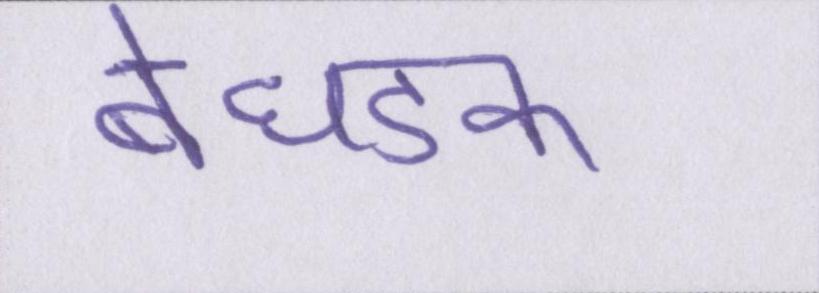
बेधडक